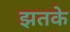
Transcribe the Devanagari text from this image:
झतके